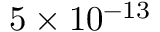
5 \times 1 0 ^ { - 1 3 }